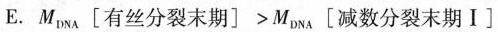
E.$$M _ { D N A } \left [ 有 丝 分 裂 末 期 \right ] > M _ { D N A } \left [ 减 数 分 裂 末 期 Ⅰ \right ]$$